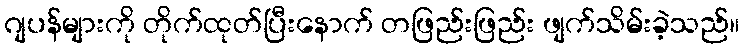
ဂျပန်များကို တိုက်ထုတ်ပြီးနောက် တဖြည်းဖြည်း ဖျက်သိမ်းခဲ့သည်။